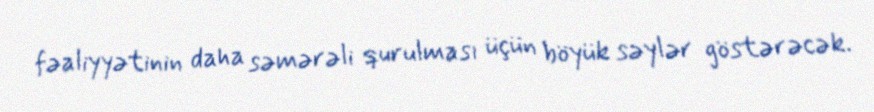
fəaliyyətinin daha səmərəli qurulması üçün böyük səylər göstərəcək.